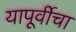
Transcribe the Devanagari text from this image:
यापूर्वीचा